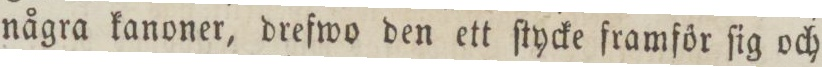
några kanoner, drefwo den ett ſtycke framför ſig och